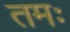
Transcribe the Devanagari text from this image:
तमः